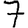
Digit: 7